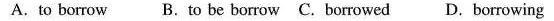
A. to borrow B. to be borrow C. borrowed D. borrowing